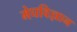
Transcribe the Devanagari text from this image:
मेघविज्ञान